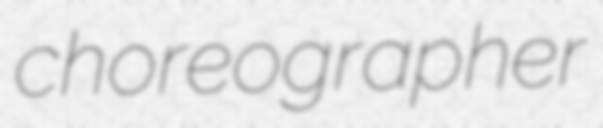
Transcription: choreographer